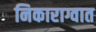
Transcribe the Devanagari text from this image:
निकाराग्वात